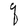
Character: q